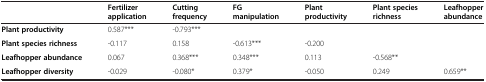
<table><thead><tr><td><b> </b></td><td><b>Fertilizer application</b></td><td><b>Cutting frequency</b></td><td><b>FG manipulation</b></td><td><b>Plant productivity</b></td><td><b>Plant species richness</b></td><td><b>Leafhopper abundance</b></td></tr></thead><tbody><tr><td><b>Plant productivity</b></td><td>0.587***</td><td>-0.793***</td><td> </td><td> </td><td> </td><td> </td></tr><tr><td><b>Plant species richness</b></td><td>-0.117</td><td>0.158</td><td>-0.613***</td><td>-0.200</td><td> </td><td> </td></tr><tr><td><b>Leafhopper abundance</b></td><td>0.067</td><td>0.368***</td><td>0.348***</td><td>0.113</td><td>-0.568**</td><td> </td></tr><tr><td><b>Leafhopper diversity</b></td><td>-0.029</td><td>-0.080*</td><td>0.379*</td><td>-0.050</td><td>0.249</td><td>0.659**</td></tr></tbody></table>